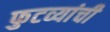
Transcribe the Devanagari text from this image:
फुटव्यांची